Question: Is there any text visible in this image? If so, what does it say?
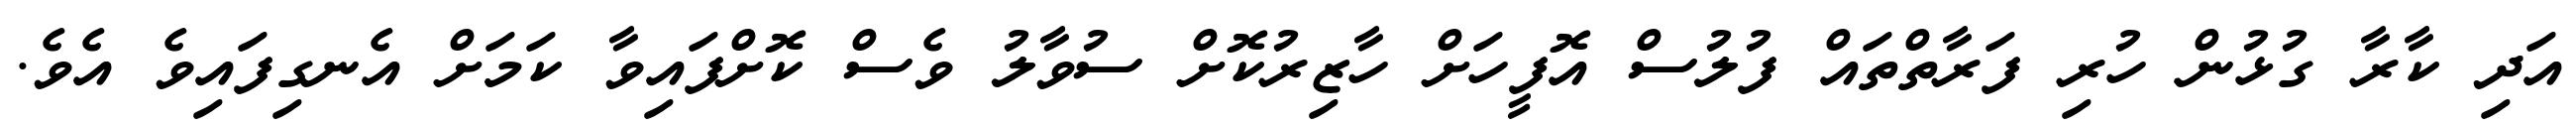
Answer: އަދި ކާރާ ގުޅުން ހުރި ފަރާތްތައް ފުލުސް އޮފީހަށް ހާޒިރުކޮށް ސުވާލު ވެސް ކޮށްފައިވާ ކަމަށް އެނގިފައިވެ އެވެ.